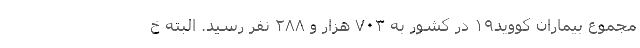
مجموع بیماران کووید۱۹ در کشور به ۷۰۳ هزار و ۲۸۸ نفر رسید. البته خ